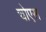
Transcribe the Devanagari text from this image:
चोएस